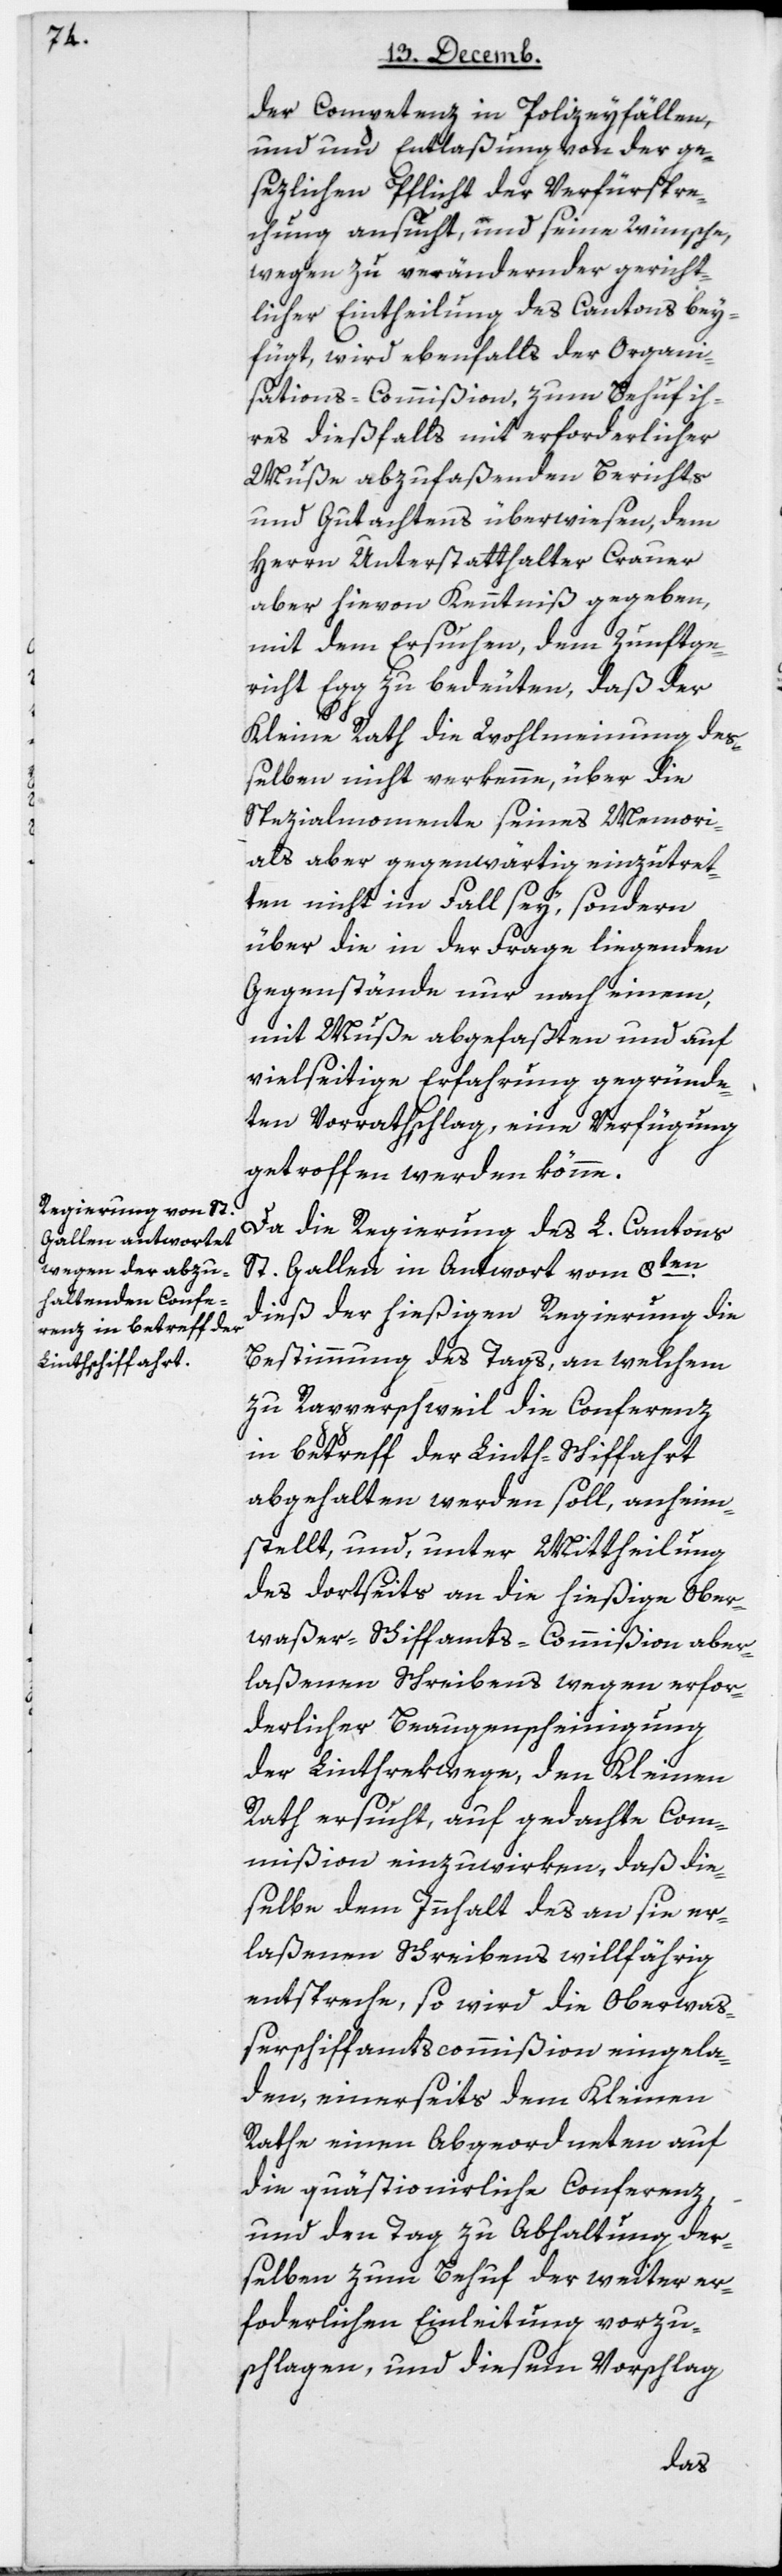
der Competenz in Polizeyfällen,
und um Entlaßung von der ge¬
sezlichen Pflicht der Verfürspre¬
chung ansucht, und seine Wünsche,
wegen zu verändernder gericht¬
licher Eintheilung des Cantons bey¬
fügt, wird ebenfalls der Organi¬
sations-Commißion zum Behuf ih¬
res dießfalls mit erforderlicher
Muße abzufaßenden Berichts
und Gutachtens überwiesen, dem
Herrn Unterstatthalter Crauer
aber hievon Kenntniß gegeben,
mit dem Ersuchen, dem Zunftge¬
richt Egg zu bedeuten, daß der
Kleine Rath die WohlMeynung deß¬
elben nicht verkenne, über die
Spezialmomente seines Memori¬
als aber gegenwärtig einzutret¬
ten nicht im Fall sey, sondern
über die in der Frage liegenden
Gegenstände nur nach einem,
mit Muße abgefaßten und auf
vielseitige Erfahrung gegründe¬
ten Vorrathschlag, eine Verfügung
getroffen werden könne.
Da die Regierung des L. Cantons
St. Gallen in Antwort vom 8ten
dieß der hießigen Regierung die
Bestimmung des Tags, an welchem
zu Rapperschweil die Conferenz
in Betreff der Linth-Schifffahrt
abgehalten werden soll, anheim¬
stellt, und unter Mittheilung
des dortseits an die hießige Ober¬
waßer-Schiffamts-Commision aber¬
laßenen Schreibens wegen erfor¬
derlicher Beaugenscheinigung
der Linthrekwege, den Kleinen
Rath ersucht, auf gedachte Com¬
mißion einzuwirken, daß die¬
selbe dem Innhalt des an sie er¬
laßenen Schreibens willfährig
entspreche, so wird die Oberwaß¬
erschiffamtscommißion eingela¬
den, einerseits dem Kleinen
Rathe einen Abgeordneten auf
die quästionierliche Conferenz
und den Tag zu Abhaltung der¬
selben zum Behuf der weiter er¬
forderlichen Einleitung vorzu¬
schlagen, und diesem Vorschlag